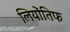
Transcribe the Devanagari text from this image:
लियोंतिफ